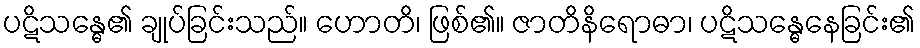
ပဋိသန္ဓေ၏ ချုပ်ခြင်းသည်။ ဟောတိ၊ ဖြစ်၏။ ဇာတိနိရောဓာ၊ ပဋိသန္ဓေနေခြင်း၏